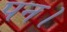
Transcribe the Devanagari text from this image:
पन।